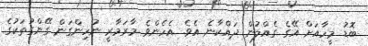
ބޮޑު މީހާއަށް އޭގެ ގެއްލުން ދައްކާނެ އެވެ. އެހެންވެ މާރަމާރީ ނުހިންގަން ގޭންގުތަކުގެ